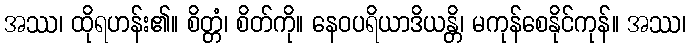
အဿ၊ ထိုရဟန်း၏။ စိတ္တံ၊ စိတ်ကို။ နေဝပရိယာဒိယန္တိ၊ မကုန်စေနိုင်ကုန်။ အဿ၊